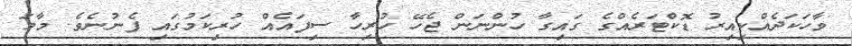
ވާހަކަދެއްކިއިރު ޑޮކްޓަރެއްގެ ގައިގާ ހުންނަން ޖެހޭ ހުރިހާ ސިފައެއް ހުރިކަމުގައި ފެނުނެވެ. މާމަ